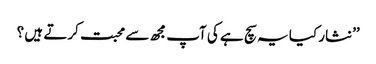
’’نثار کیا یہ سچ ہے کی آپ مجھ سے محبت کرتے ہیں ؟